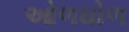
ઓળઘોળ